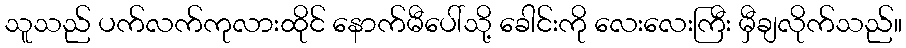
သူသည် ပက်လက်ကုလားထိုင် နောက်မီပေါ်သို့ ခေါင်းကို လေးလေးကြီး မှီချလိုက်သည်။